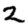
Digit: 2